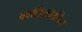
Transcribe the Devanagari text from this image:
क्वॉड्रिकॉरनिस